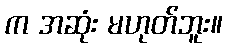
က အဆုံး မဟုတ်ဘူး။